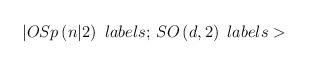
LaTeX: \begin{align*}|OSp\left( n|2\right) \,\,labels;\,SO\left( d,2\right) \,\,labels>\end{align*}